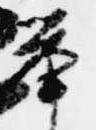
挙